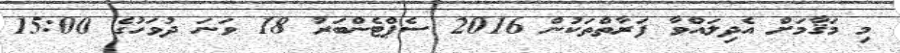
މި މަޤާމަށް އެދިލައްވާ ފަރާތްތަކުން 2016 ސެޕްޓެންބަރު 18 ވަނަ ދުވަހުގެ 15:00